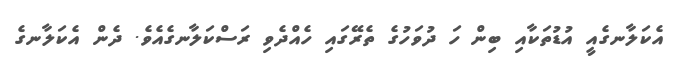
އެކަލާނގެއީ އުޑުތަކާއި ބިން ހަ ދުވަހުގެ ތެރޭގައި ހެއްދެވި ރަސްކަލާނގެއެވެ. ދެން އެކަލާނގެ